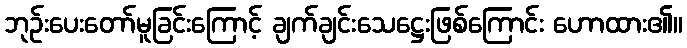
ဘုဉ်းပေးတော်မူခြင်းကြောင့် ချက်ချင်းသေဋ္ဌေးဖြစ်ကြောင်း ဟောထား၏။